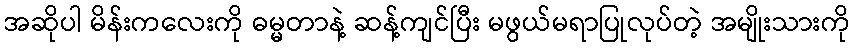
အဆိုပါ မိန်းကလေးကို ဓမ္မတာနဲ့ ဆန့်ကျင်ပြီး မဖွယ်မရာပြုလုပ်တဲ့ အမျိုးသားကို